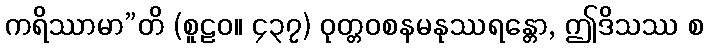
ကရိဿာမာ”တိ (စူဠဝ။ ၄၃၇) ဝုတ္တဝစနမနုဿရန္တော, ဤဒိသဿ စ